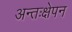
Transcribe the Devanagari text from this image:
अन्तःक्षेपन